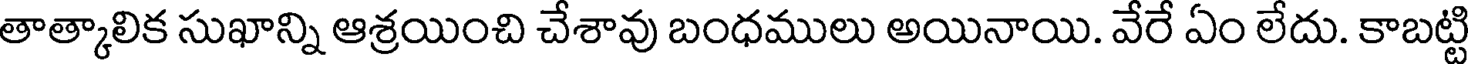
తాత్కాలిక సుఖాన్ని ఆశ్రయించి చేశావు బంధములు అయినాయి. వేరే ఏం లేదు. కాబట్టి